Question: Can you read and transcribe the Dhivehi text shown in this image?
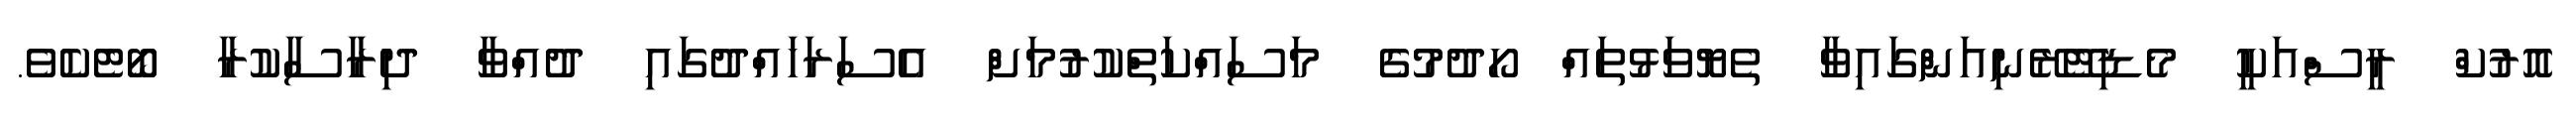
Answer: އޮރުކް ރީސްއަކީ މެޑިޓޭރޭނިއަންގައިވާ ތެޔޮވަޅުތައް ހޯދުމުގެ މަސައްކަތްކުރުމަށް އެސަރަހައްދުގައި ދުއްވާ ދިރާސާކުރާ ބޯޓެކެވެ.